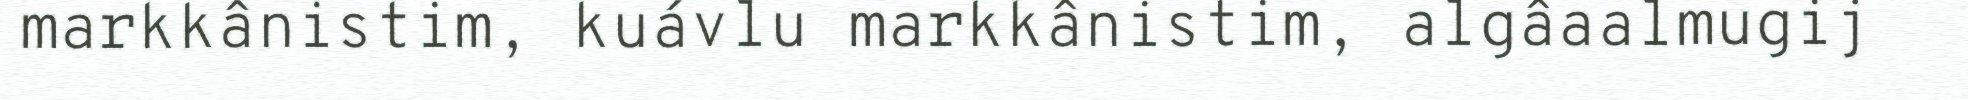
markkânistim, kuávlu markkânistim, algâaalmugij